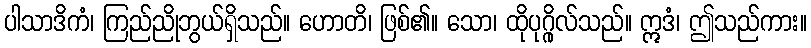
ပါသာဒိကံ၊ ကြည်ညိုဘွယ်ရှိသည်။ ဟောတိ၊ ဖြစ်၏။ သော၊ ထိုပုဂ္ဂိုလ်သည်။ ဣဒံ၊ ဤသည်ကား။